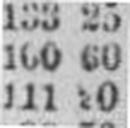
111 50